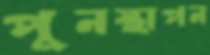
পুনস্থাপন